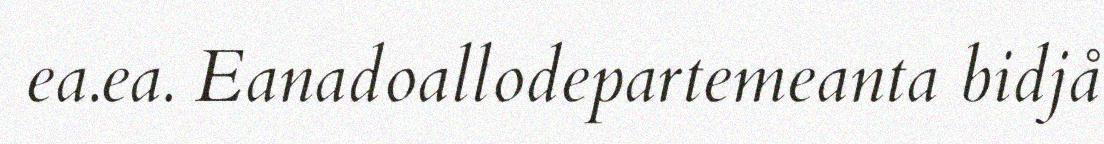
ea.ea. Eanadoallodepartemeanta bidjå